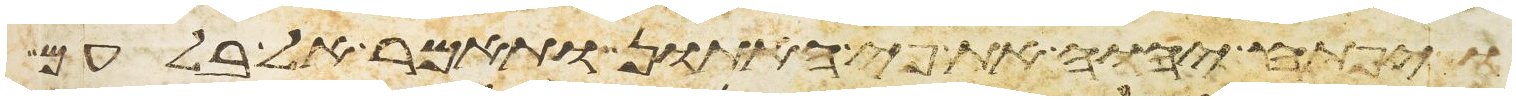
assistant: ויפתח יהוה את פי האתון ותאמר אל בלעם